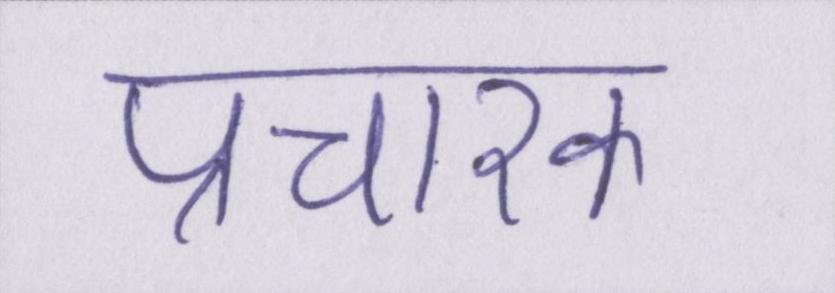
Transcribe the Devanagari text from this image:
प्रचारक